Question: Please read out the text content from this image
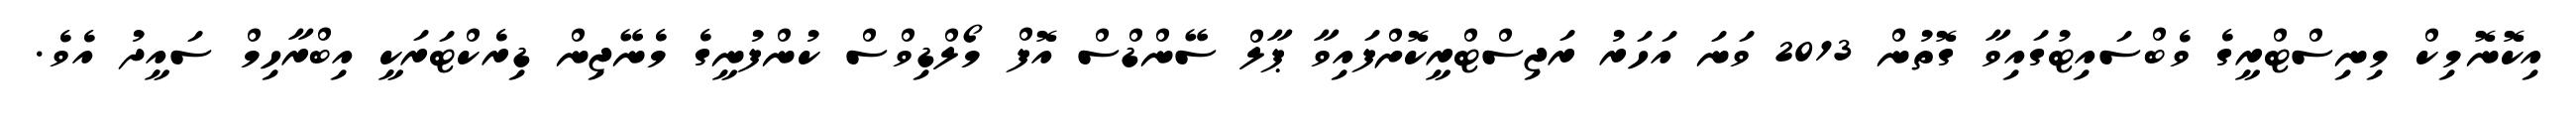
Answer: އިކޮނޮމިކް މިނިސްޓްރީގެ ވެބްސައިޓުގައިވާ ގޮތުން 2013 ވަނަ އަހަރު ރަޖިސްޓްރީކޮށްފައިވާ ޕާލް ސޭންޑްސް އޮފް މޯލްޑިވްސް ކުންފުނީގެ މެނޭޖިން ޑިރެކްޓަރަކީ އިބްރާހިމް ސައީދު އެވެ.